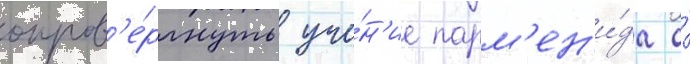
опров'е́ргнуть уче́н'ие парм'ен'и́да о́